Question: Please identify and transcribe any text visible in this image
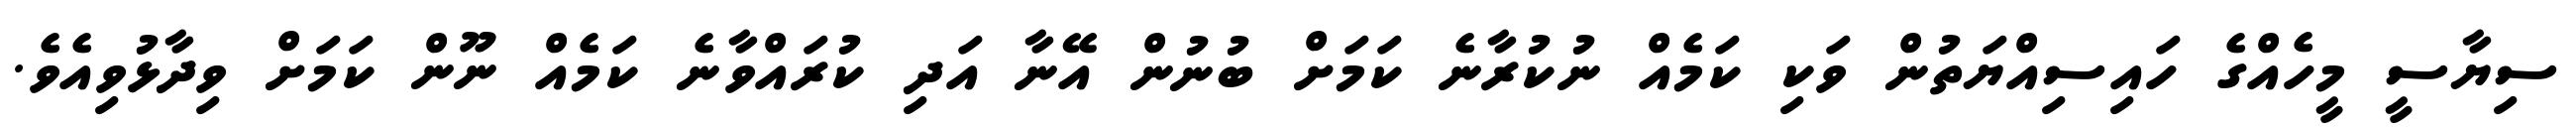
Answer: ސިޔާސީ މީހެއްގެ ހައިސިއްޔަތުން ވަކި ކަމެއް ނުކުރާނެ ކަމަށް ބުނުން އޭނާ އަދި ކުރައްވާނެ ކަމެއް ނޫން ކަމަށް ވިދާޅުވިއެވެ.